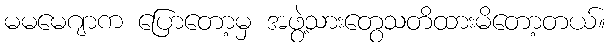
မမမေဂျာက ပြောတော့မှ အဖွဲ့သားတွေသတိထားမိတော့တယ်။